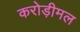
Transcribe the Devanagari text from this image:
करोड़ीमल